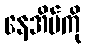
နေအိမ်ကို